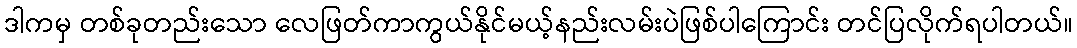
ဒါကမှ တစ်ခုတည်းသော လေဖြတ်ကာကွယ်နိုင်မယ့်နည်းလမ်းပဲဖြစ်ပါကြောင်း တင်ပြလိုက်ရပါတယ်။